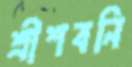
শ্রীশবনি